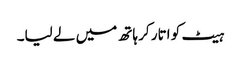
ہیٹ کو اتار کر ہاتھ میں لے لیا۔